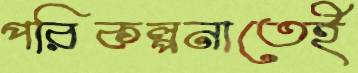
পরিকল্পনাতেই